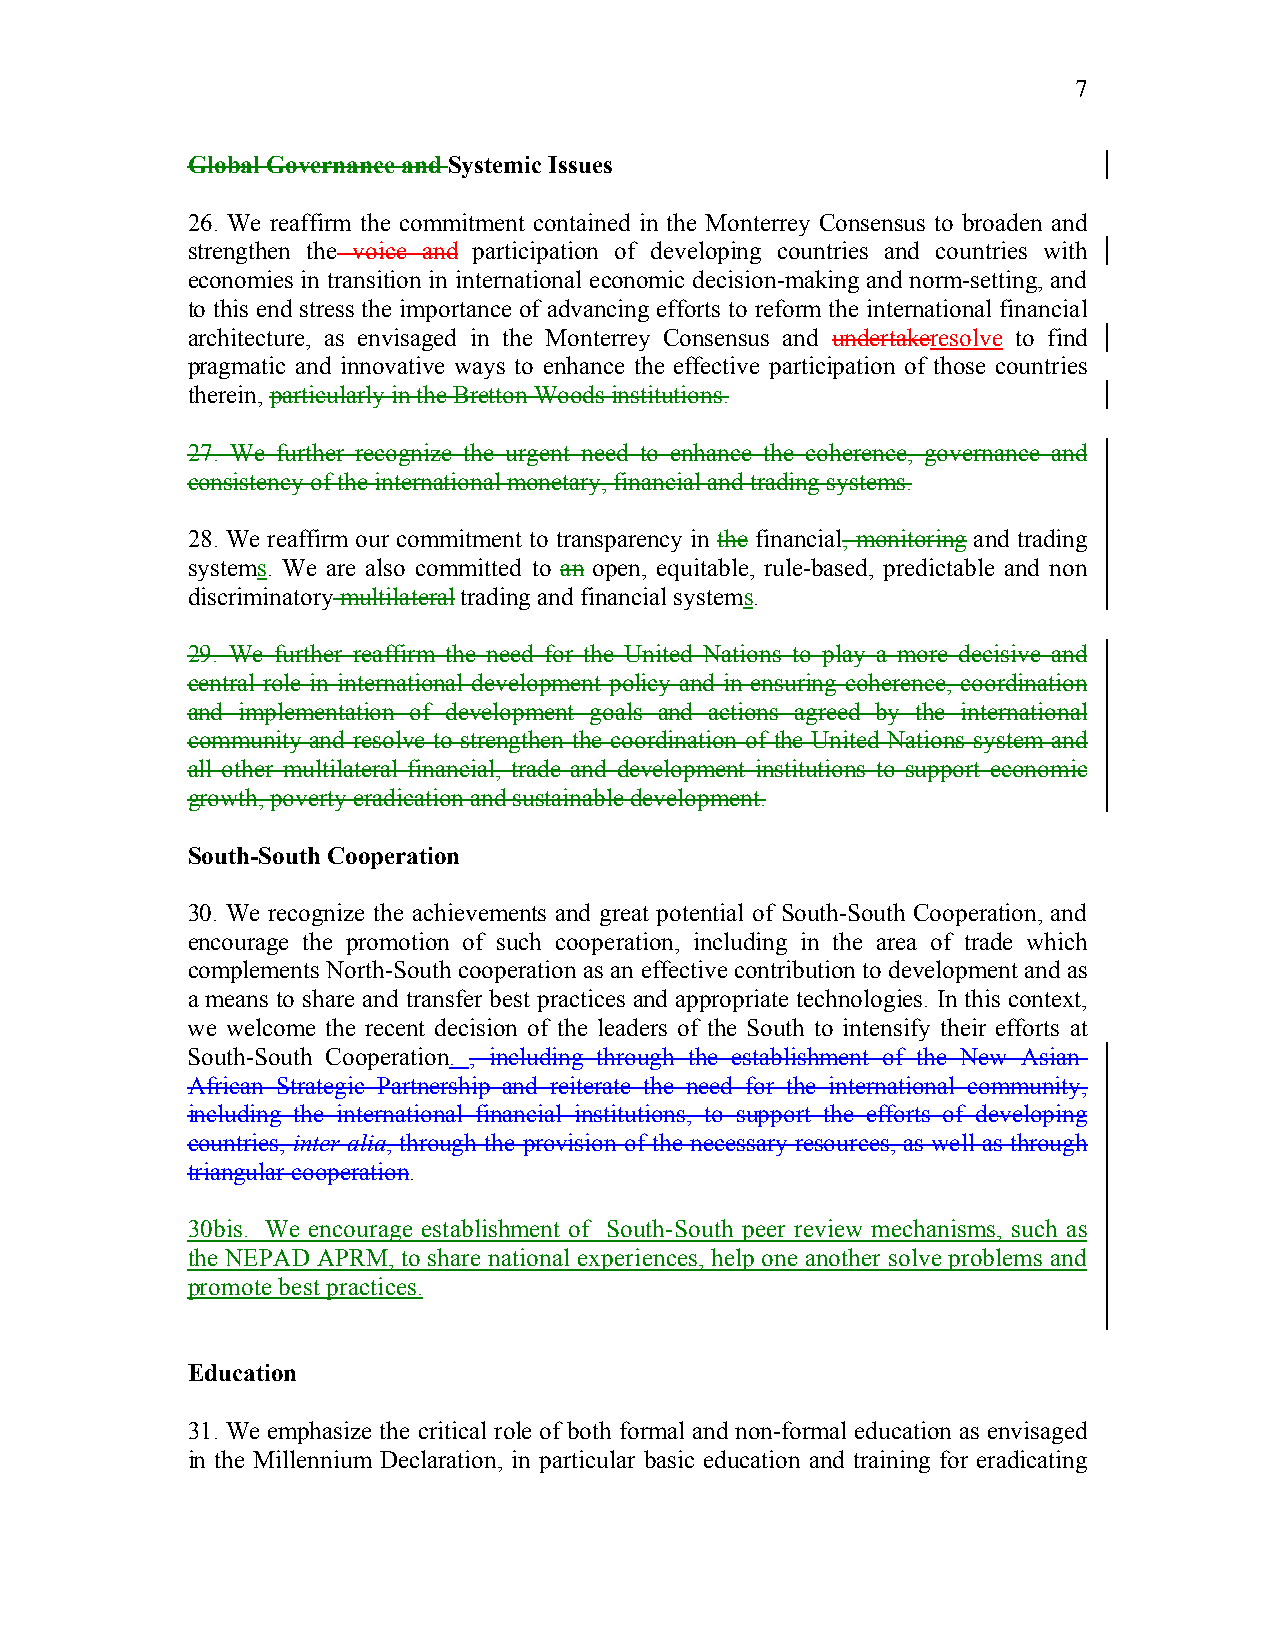
7
 Global Governance and Systemic Issues
 26. We reaffirm the commitment contained in the Monterrey Consensus to broaden and
 strengthen the voice and participation of developing countries and countries with
 economies in transition in international economic decision-making and norm-setting, and
 to this end stress the importance of advancing efforts to reform the international financial
 architecture, as envisaged in the Monterrey Consensus and undertakeresolve to find
 pragmatic and innovative ways to enhance the effective participation of those countries
 therein, particularly in the Bretton Woods institutions.
 27. We further recognize the urgent need to enhance the coherence, governance and
 consistency of the international monetary, financial and trading systems.
 28. We reaffirm our commitment to transparency in the financial, monitoring and trading
 systems. We are also committed to an open, equitable, rule-based, predictable and non
 discriminatory multilateral trading and financial systems.
 29. We further reaffirm the need for the United Nations to play a more decisive and
 central role in international development policy and in ensuring coherence, coordination
 and implementation of development goals and actions agreed by the international
 community and resolve to strengthen the coordination of the United Nations system and
 all other multilateral financial, trade and development institutions to support economic
 growth, poverty eradication and sustainable development.
 South-South Cooperation
 30. We recognize the achievements and great potential of South-South Cooperation, and
 encourage the promotion of such cooperation, including in the area of trade which
 complements North-South cooperation as an effective contribution to development and as
 a means to share and transfer best practices and appropriate technologies. In this context,
 we welcome the recent decision of the leaders of the South to intensify their efforts at
 South-South Cooperation. , including through the establishment of the New Asian-
 African Strategic Partnership and reiterate the need for the international community,
 including the international financial institutions, to support the efforts of developing
 countries, inter alia, through the provision of the necessary resources, as well as through
 triangular cooperation.
 30bis. We encourage establishment of South-South peer review mechanisms, such as
 the NEPAD APRM, to share national experiences, help one another solve problems and
 promote best practices.
 Education
 31. We emphasize the critical role of both formal and non-formal education as envisaged
 in the Millennium Declaration, in particular basic education and training for eradicating